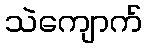
သဲကျောက်